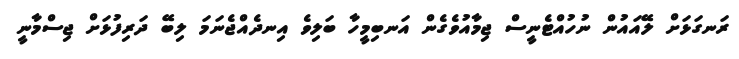
ރަނގަޅަށް ލޭއައުން ނުހުއްޓެނީސް ޖިމާއުވެގެން އަނބިމީހާ ބަލިވެ އިނދެއްޖެނަމަ ލިބޭ ދަރިފުޅަށް ޖިސްމާނީ